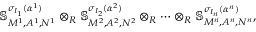
\mathbb { S } _ { M ^ { 1 } , A ^ { 1 } , N ^ { 1 } } ^ { \sigma _ { I _ { 1 } } ( \alpha ^ { 1 } ) } \otimes _ { R } \mathbb { S } _ { M ^ { 2 } , A ^ { 2 } , N ^ { 2 } } ^ { \sigma _ { I _ { 2 } } ( \alpha ^ { 2 } ) } \otimes _ { R } \cdots \otimes _ { R } \mathbb { S } _ { M ^ { n } , A ^ { n } , N ^ { n } } ^ { \sigma _ { I _ { n } } ( \alpha ^ { n } ) } ,